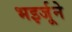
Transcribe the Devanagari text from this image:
भइर्जूने